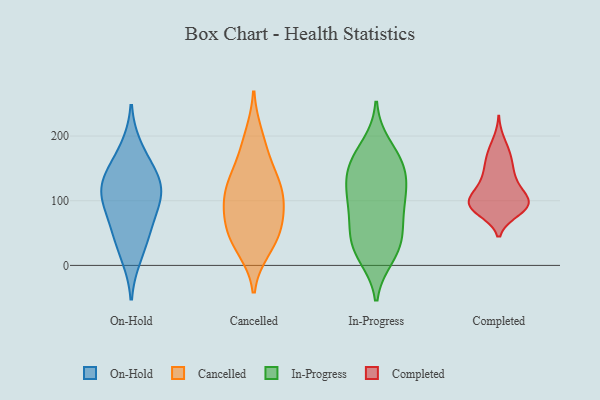
{"axis": {"x": "Net Income (USD K)", "y": "Value"}, "legend": ["Cancelled", "Completed", "In-Progress", "On-Hold"], "data": [{"x": "", "y": 48, "type": "On-Hold"}, {"x": "", "y": 109, "type": "On-Hold"}, {"x": "", "y": 139, "type": "On-Hold"}, {"x": "", "y": 181, "type": "On-Hold"}, {"x": "", "y": 111, "type": "On-Hold"}, {"x": "", "y": 145, "type": "On-Hold"}, {"x": "", "y": 59, "type": "On-Hold"}, {"x": "", "y": 119, "type": "On-Hold"}, {"x": "", "y": 14, "type": "On-Hold"}, {"x": "", "y": 89, "type": "On-Hold"}, {"x": "", "y": 95, "type": "Cancelled"}, {"x": "", "y": 171, "type": "Cancelled"}, {"x": "", "y": 134, "type": "Cancelled"}, {"x": "", "y": 200, "type": "Cancelled"}, {"x": "", "y": 101, "type": "Cancelled"}, {"x": "", "y": 78, "type": "Cancelled"}, {"x": "", "y": 42, "type": "Cancelled"}, {"x": "", "y": 128, "type": "Cancelled"}, {"x": "", "y": 118, "type": "Cancelled"}, {"x": "", "y": 43, "type": "Cancelled"}, {"x": "", "y": 27, "type": "Cancelled"}, {"x": "", "y": 61, "type": "Cancelled"}, {"x": "", "y": 119, "type": "In-Progress"}, {"x": "", "y": 185, "type": "In-Progress"}, {"x": "", "y": 91, "type": "In-Progress"}, {"x": "", "y": 27, "type": "In-Progress"}, {"x": "", "y": 61, "type": "In-Progress"}, {"x": "", "y": 37, "type": "In-Progress"}, {"x": "", "y": 143, "type": "In-Progress"}, {"x": "", "y": 91, "type": "In-Progress"}, {"x": "", "y": 55, "type": "In-Progress"}, {"x": "", "y": 21, "type": "In-Progress"}, {"x": "", "y": 155, "type": "In-Progress"}, {"x": "", "y": 124, "type": "In-Progress"}, {"x": "", "y": 160, "type": "In-Progress"}, {"x": "", "y": 162, "type": "In-Progress"}, {"x": "", "y": 107, "type": "In-Progress"}, {"x": "", "y": 14, "type": "In-Progress"}, {"x": "", "y": 152, "type": "Completed"}, {"x": "", "y": 95, "type": "Completed"}, {"x": "", "y": 158, "type": "Completed"}, {"x": "", "y": 89, "type": "Completed"}, {"x": "", "y": 95, "type": "Completed"}, {"x": "", "y": 106, "type": "Completed"}, {"x": "", "y": 120, "type": "Completed"}, {"x": "", "y": 126, "type": "Completed"}, {"x": "", "y": 96, "type": "Completed"}, {"x": "", "y": 174, "type": "Completed"}, {"x": "", "y": 192, "type": "Completed"}, {"x": "", "y": 98, "type": "Completed"}, {"x": "", "y": 140, "type": "Completed"}, {"x": "", "y": 171, "type": "Completed"}, {"x": "", "y": 131, "type": "Completed"}, {"x": "", "y": 105, "type": "Completed"}, {"x": "", "y": 92, "type": "Completed"}, {"x": "", "y": 84, "type": "Completed"}, {"x": "", "y": 89, "type": "Completed"}, {"x": "", "y": 87, "type": "Completed"}]}